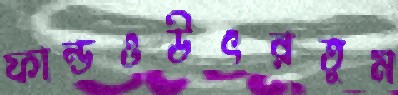
ফান্ডওউৎরতুম